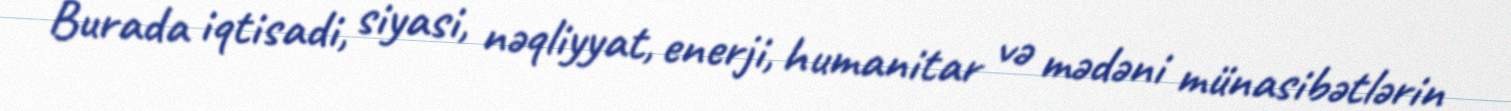
Burada iqtisadi, siyasi, nəqliyyat, enerji, humanitar və mədəni münasibətlərin